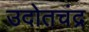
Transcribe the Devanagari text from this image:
उदोतचंद्र